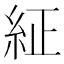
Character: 䋊